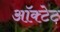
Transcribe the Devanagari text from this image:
ऑक्टेट